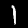
Digit: 1